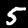
Digit: 5